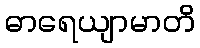
ဓာရေယျာမာတိ